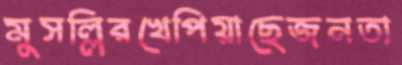
মুসল্লিরখেপিয়াছেজনতা